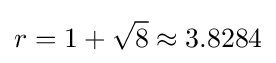
r=1+{\sqrt {8}}\approx 3.8284